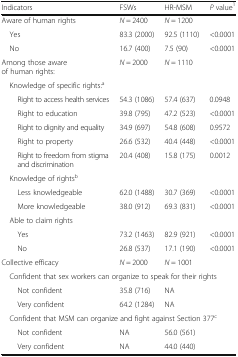
<table><thead><tr><td><b>Indicators</b></td><td><b>FSWs</b></td><td><b>HR-MSM</b></td><td><b><i>P</i> value<sup>1</sup></b></td></tr></thead><tbody><tr><td>Aware of human rights</td><td><i>N</i> = 2400</td><td><i>N</i> = 1200</td><td></td></tr><tr><td> Yes</td><td>83.3 (2000)</td><td>92.5 (1110)</td><td>&lt;0.0001</td></tr><tr><td> No</td><td>16.7 (400)</td><td>7.5 (90)</td><td>&lt;0.0001</td></tr><tr><td>Among those aware of human rights:</td><td><i>N</i> = 2000</td><td><i>N</i> = 1110</td><td></td></tr><tr><td colspan="4"> Knowledge of specific rights:<sup>a</sup></td></tr><tr><td>Right to access health services</td><td>54.3 (1086)</td><td>57.4 (637)</td><td>0.0948</td></tr><tr><td>Right to education</td><td>39.8 (795)</td><td>47.2 (523)</td><td>&lt;0.0001</td></tr><tr><td>Right to dignity and equality</td><td>34.9 (697)</td><td>54.8 (608)</td><td>0.9572</td></tr><tr><td>Right to property</td><td>26.6 (532)</td><td>40.4 (448)</td><td>&lt;0.0001</td></tr><tr><td>Right to freedom from stigma and discrimination</td><td>20.4 (408)</td><td>15.8 (175)</td><td>0.0012</td></tr><tr><td colspan="4"> Knowledge of rights<sup>b</sup></td></tr><tr><td>Less knowledgeable</td><td>62.0 (1488)</td><td>30.7 (369)</td><td>&lt;0.0001</td></tr><tr><td>More knowledgeable</td><td>38.0 (912)</td><td>69.3 (831)</td><td>&lt;0.0001</td></tr><tr><td colspan="4"> Able to claim rights</td></tr><tr><td>Yes</td><td>73.2 (1463)</td><td>82.9 (921)</td><td>&lt;0.0001</td></tr><tr><td>No</td><td>26.8 (537)</td><td>17.1 (190)</td><td>&lt;0.0001</td></tr><tr><td>Collective efficacy</td><td><i>N</i> = 2000</td><td><i>N</i> = 1001</td><td></td></tr><tr><td colspan="4"> Confident that sex workers can organize to speak for their rights</td></tr><tr><td>Not confident</td><td>35.8 (716)</td><td>NA</td><td></td></tr><tr><td>Very confident</td><td>64.2 (1284)</td><td>NA</td><td></td></tr><tr><td colspan="4"> Confident that MSM can organize and fight against Section 377<sup>c</sup></td></tr><tr><td>Not confident</td><td>NA</td><td>56.0 (561)</td><td></td></tr><tr><td>Very confident</td><td>NA</td><td>44.0 (440)</td><td></td></tr></tbody></table>